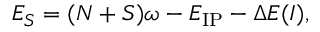
E _ { S } = ( N + S ) \omega - E _ { \mathrm { I P } } - \Delta E ( I ) ,